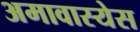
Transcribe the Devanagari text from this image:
अमावास्येस